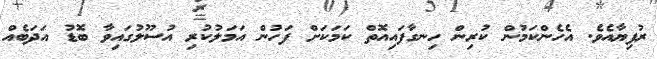
ރުފިޔާއެވެ. އެެހެންކަމުން ކުރިން ހިނގާފައިއޮތް ކަމަކަށް ފަހުން އަމަލުކުރި އުސޫލުގައިވާ ބޮޑު އަދަބެއް